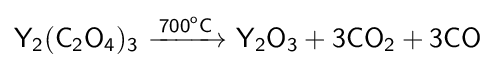
{\mathsf {Y_{2}(C_{2}O_{4})_{3}\ {\xrightarrow {700^{o}C}}\ Y_{2}O_{3}+3CO_{2}+3CO}}